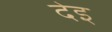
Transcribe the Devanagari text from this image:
देइ